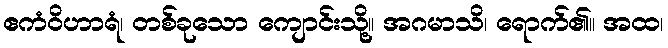
ဧကံဝိဟာရံ၊ တစ်ခုသော ကျောင်းသို့။ အဂမာသိ၊ ရောက်၏။ အထ၊